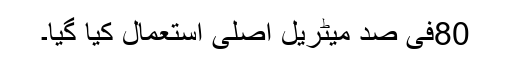
80فی صد میٹریل اصلی استعمال کیا گیا۔